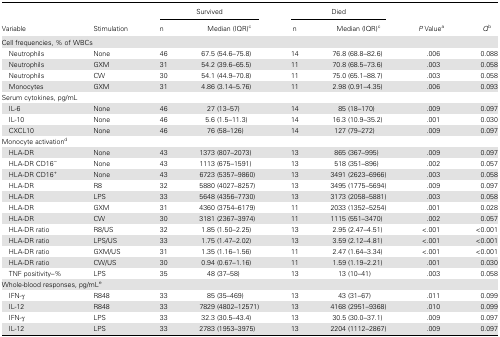
<table><thead><tr><td rowspan="2"><b>Variable</b></td><td rowspan="2"><b>Stimulation</b></td><td colspan="2"><b>Survived</b></td><td colspan="2"><b>Died</b></td><td rowspan="2"><b><i>P</i> Value<sup>a</sup></b></td><td rowspan="2"><b><i>Q</i><sup>b</sup></b></td></tr><tr><td><b>n</b></td><td><b>Median (IQR)<sup>c</sup></b></td><td><b>n</b></td><td><b>Median (IQR)<sup>c</sup></b></td></tr></thead><tbody><tr><td colspan="8">Cell frequencies, % of WBCs</td></tr><tr><td> Neutrophils</td><td>None</td><td>46</td><td>67.5 (54.6–75.8)</td><td>14</td><td>76.8 (68.8–82.6)</td><td>.006</td><td>0.088</td></tr><tr><td> Neutrophils</td><td>GXM</td><td>31</td><td>54.2 (39.6–65.5)</td><td>11</td><td>70.8 (68.5–73.6)</td><td>.003</td><td>0.058</td></tr><tr><td> Neutrophils</td><td>CW</td><td>30</td><td>54.1 (44.9–70.8)</td><td>11</td><td>75.0 (65.1–88.7)</td><td>.003</td><td>0.058</td></tr><tr><td> Monocytes</td><td>GXM</td><td>31</td><td>4.86 (3.14–5.76)</td><td>11</td><td>2.98 (0.91–4.35)</td><td>.006</td><td>0.093</td></tr><tr><td colspan="8">Serum cytokines, pg/mL</td></tr><tr><td> IL-6</td><td>None</td><td>46</td><td>27 (13–57)</td><td>14</td><td>85 (18–170)</td><td>.009</td><td>0.097</td></tr><tr><td> IL-10</td><td>None</td><td>46</td><td>5.6 (1.5–11.3)</td><td>14</td><td>16.3 (10.9–35.2)</td><td>.001</td><td>0.030</td></tr><tr><td> CXCL10</td><td>None</td><td>46</td><td>76 (58–126)</td><td>14</td><td>127 (79–272)</td><td>.009</td><td>0.097</td></tr><tr><td colspan="8">Monocyte activation<sup>d</sup></td></tr><tr><td> HLA-DR</td><td>None</td><td>43</td><td>1373 (807–2073)</td><td>13</td><td>865 (367–995)</td><td>.009</td><td>0.097</td></tr><tr><td> HLA-DR CD16<sup>−</sup></td><td>None</td><td>43</td><td>1113 (675–1591)</td><td>13</td><td>518 (351–896)</td><td>.002</td><td>0.057</td></tr><tr><td> HLA-DR CD16<sup>+</sup></td><td>None</td><td>43</td><td>6723 (5357–9860)</td><td>13</td><td>3491 (2623–6966)</td><td>.003</td><td>0.058</td></tr><tr><td> HLA-DR</td><td>R8</td><td>32</td><td>5880 (4027–8257)</td><td>13</td><td>3495 (1775–5694)</td><td>.009</td><td>0.097</td></tr><tr><td> HLA-DR</td><td>LPS</td><td>33</td><td>5648 (4356–7730)</td><td>13</td><td>3173 (2058–5881)</td><td>.003</td><td>0.058</td></tr><tr><td> HLA-DR</td><td>GXM</td><td>31</td><td>4360 (3754–6179)</td><td>11</td><td>2033 (1352–5254)</td><td>.001</td><td>0.028</td></tr><tr><td> HLA-DR</td><td>CW</td><td>30</td><td>3181 (2367–3974)</td><td>11</td><td>1115 (551–3470)</td><td>.002</td><td>0.057</td></tr><tr><td> HLA-DR ratio</td><td>R8/US</td><td>32</td><td>1.85 (1.50–2.25)</td><td>13</td><td>2.95 (2.47–4.51)</td><td>&lt;.001</td><td>&lt;0.001</td></tr><tr><td> HLA-DR ratio</td><td>LPS/US</td><td>33</td><td>1.75 (1.47–2.02)</td><td>13</td><td>3.59 (2.12–4.81)</td><td>&lt;.001</td><td>&lt;0.001</td></tr><tr><td> HLA-DR ratio</td><td>GXM/US</td><td>31</td><td>1.35 (1.16–1.56)</td><td>11</td><td>2.47 (1.64–3.34)</td><td>&lt;.001</td><td>&lt;0.001</td></tr><tr><td> HLA-DR ratio</td><td>CW/US</td><td>30</td><td>0.94 (0.67–1.16)</td><td>11</td><td>1.59 (1.19–2.21)</td><td>.001</td><td>0.030</td></tr><tr><td> TNF positivity–%</td><td>LPS</td><td>35</td><td>48 (37–58)</td><td>13</td><td>13 (10–41)</td><td>.003</td><td>0.058</td></tr><tr><td colspan="8">Whole-blood responses, pg/mL<sup>e</sup></td></tr><tr><td> IFN-γ</td><td>R848</td><td>33</td><td>85 (35–469)</td><td>13</td><td>43 (31–67)</td><td>.011</td><td>0.099</td></tr><tr><td> IL-12</td><td>R848</td><td>33</td><td>7829 (4802–12571)</td><td>13</td><td>4168 (2951–9368)</td><td>.010</td><td>0.099</td></tr><tr><td> IFN-γ</td><td>LPS</td><td>33</td><td>32.3 (30.5–43.4)</td><td>13</td><td>30.5 (30.0–37.1)</td><td>.009</td><td>0.097</td></tr><tr><td> IL-12</td><td>LPS</td><td>33</td><td>2783 (1953–3975)</td><td>13</td><td>2204 (1112–2867)</td><td>.009</td><td>0.097</td></tr></tbody></table>